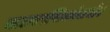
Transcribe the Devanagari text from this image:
नाट्यरसिकांसमोर